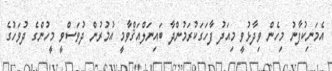
އެމަނިކުފާނު މިހެން ވިދާޅުވީ މިއަދު ފާހަގަކުރަމުންދާ ބައިނަލްއަޤްވާމީ އުމުރުން ދުވަސްވީ މީހުންގެ ދުވަހުގެ